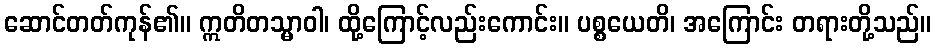
ဆောင်တတ်ကုန်၏။ ဣတိတသ္မာဝါ၊ ထို့ကြောင့်လည်းကောင်း။ ပစ္စယေတိ၊ အကြောင်း တရားတို့သည်။